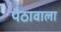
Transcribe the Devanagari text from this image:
पैठावाला